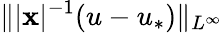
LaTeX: \Vert|\mathbf{x}|^{-1}(u-u_{*})\Vert_{L^{\infty}}